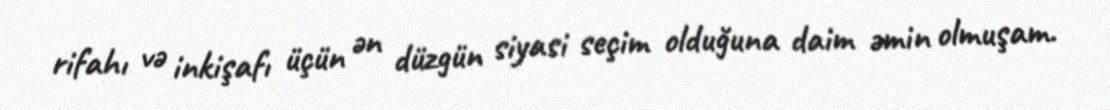
rifahı və inkişafı üçün ən düzgün siyasi seçim olduğuna daim əmin olmuşam.